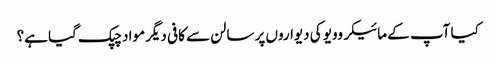
کیا آپ کے مائیکروویو کی دیواروں پر سالن سے کافی دیگر مواد چپک گیا ہے؟